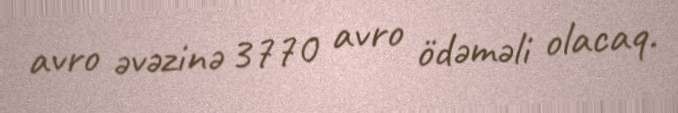
avro əvəzinə 3770 avro ödəməli olacaq.